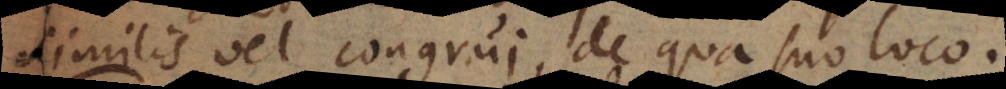
similis vel congrui, de qua suo loco.